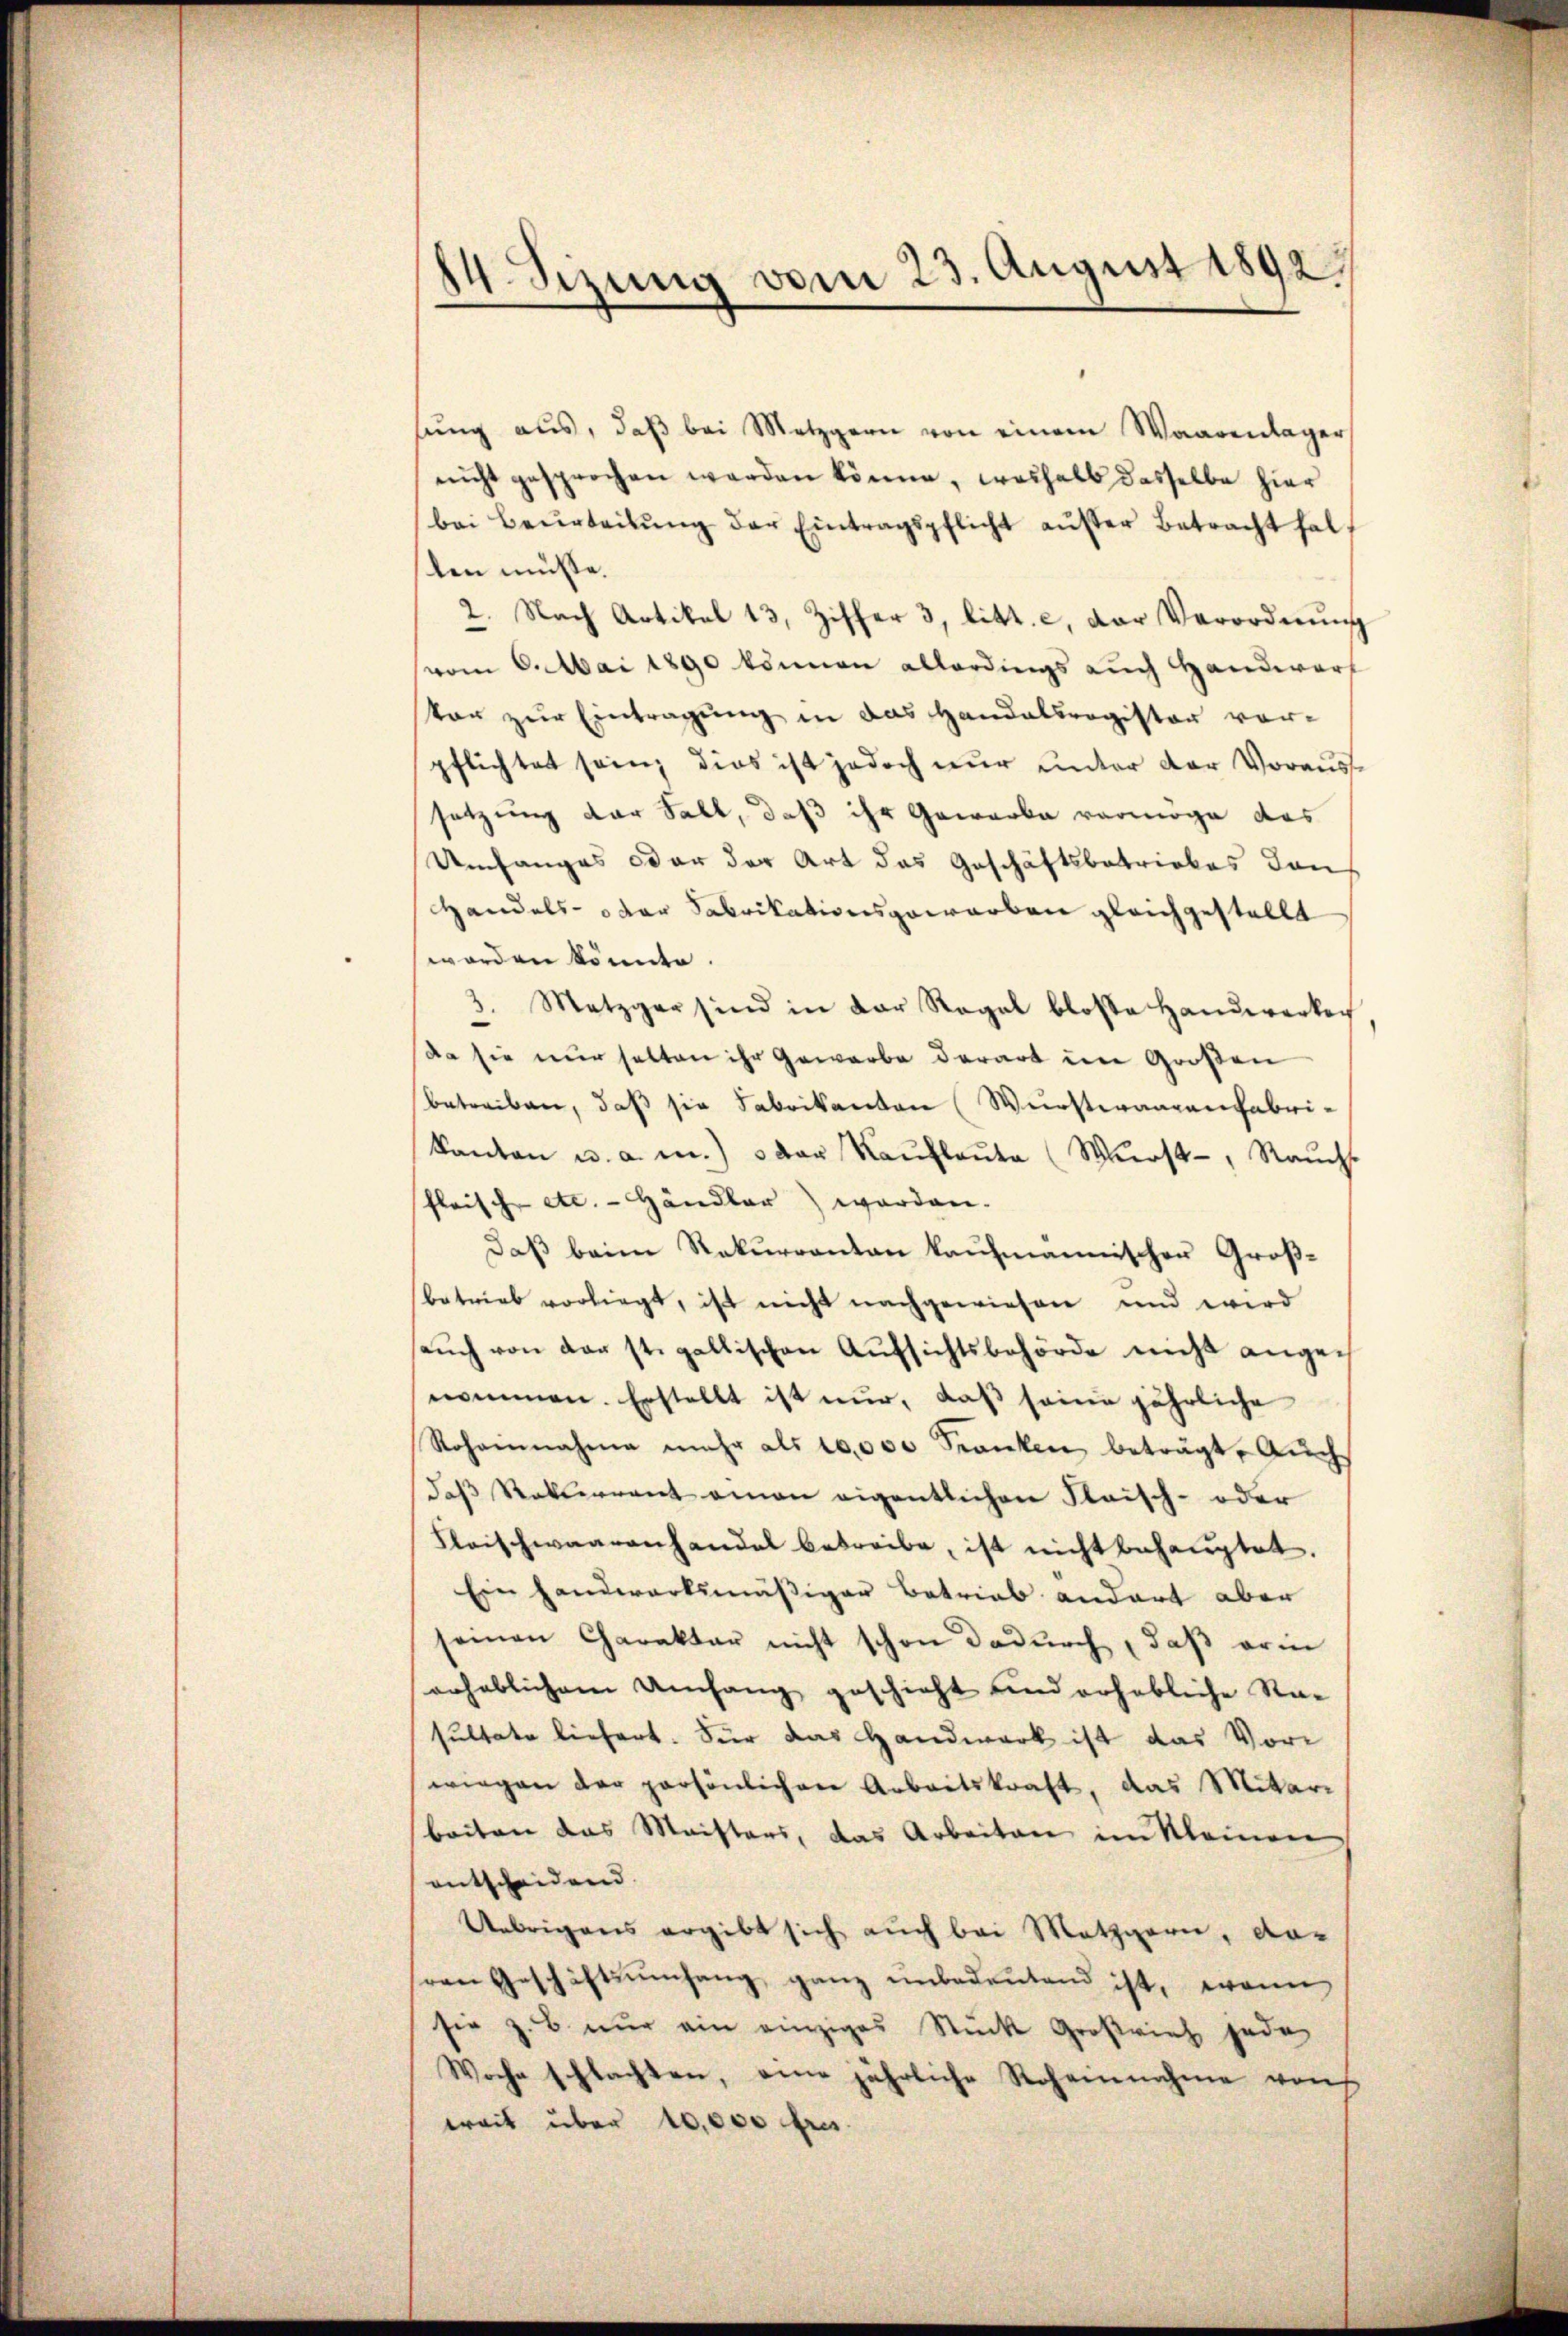
14 Sizung vom 23. August 1892.

sŭng aus, daβ bei Metzgern von einem Waarenlager
nicht gesprochen werden könne, weshalb dasselbe hier
bei Beurteilŭng der Eintragspflicht aŭser Betracht hal
len müsse.
2. Nach Artikel 13, Ziffer 3. litt. c, der Verordnŭng
(vom 6. Mai 1890 können allerdings auch Handwarf
ton zur Eintragung in das Handelsregister vorpflichtet sein, dies ist jedoch nur unter der Vorausse
setzung der Fall, daß ihr Gewerbe vermöge das
Umfanges oder der Art das Geschäftsbetriebes den
Handels- oder Fabrikationsgewarben gleichgestellt
worden könnte.
3. Metzger sind in der Regal blose Handwerken
da sie nur halten ihr Gewerbe derart im Großen
betreiben, daß sie Fabrikanton (Wurstwaarenfabri¬
Kanton u. a. m.) oder Raŭflaŭte (Wŭrst-, Raŭch
fleische etc. - Händler) worden.
daβ beim Rekurrenten kaufmannischen Großbetrieb vorliegt, ist nicht nachgewiesen und wird
aŭch von der st. gallischen Aŭfsichtsbehörde nicht ange
nommen. Erstellt ist nur, daß seine jährliche
Rohannahme mehr als 10,000 Franken beträgt. Auch
daβ Ratserrent eman eigentlichen Fleisch- oder
Fleischwaarenhandel betreibe, ist nicht behauptet.
Ein Handwerksmäßiger Betrieb andert aber
seinen Charakter nicht schon dadurch, daβ erin
erheblichem Umfang geschieht und erhebliche Rasultate liefert. Für das Handwerk ist das Vorwiegen der persönlichen Arbeitskraft, das Mitar-
beiten das Meisters, das Arbeiten im kleinen
entscheidend.
Uebrigens ergibt sich auch bei Metzgarn, daven Geschäftsgang ganz unbedeŭtend ist, wenn
sie z. B. nur ein einziges Stück Großvieh jede
Woche schlachten, eine jährliche Roheinnahme von
weit über 10,000 fres.